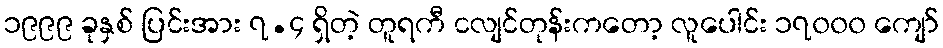
၁၉၉၉ ခုနှစ် ပြင်းအား ၇.၄ ရှိတဲ့ တူရကီ ငလျင်တုန်းကတော့ လူပေါင်း ၁၇၀၀၀ ကျော်